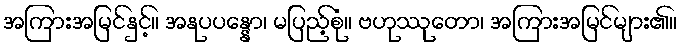
အကြားအမြင်နှင့်။ အနုပပန္နော၊ မပြည့်စုံ။ ဗဟုဿုတော၊ အကြားအမြင်များ၏။